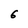
Character: 6